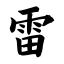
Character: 雷